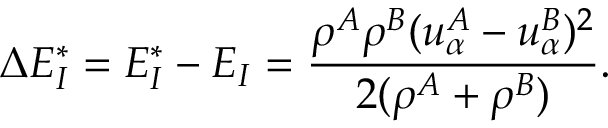
\Delta E _ { I } ^ { * } = E _ { I } ^ { * } - E _ { I } = \frac { \rho ^ { A } \rho ^ { B } ( u _ { \alpha } ^ { A } - u _ { \alpha } ^ { B } ) ^ { 2 } } { 2 ( \rho ^ { A } + \rho ^ { B } ) } .